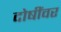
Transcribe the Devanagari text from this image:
दोषींवर